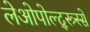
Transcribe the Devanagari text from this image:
लेओपोल्द्स्त्र्स्से